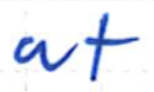
Text: at
Cross-out: clean
Writing tool: ballpoint